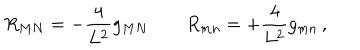
{ R _ { M N } = - \frac { 4 } { L ^ { 2 } } g _ { M N } \qquad R _ { m n } = + \frac { 4 } { L ^ { 2 } } g _ { m n } \, , }